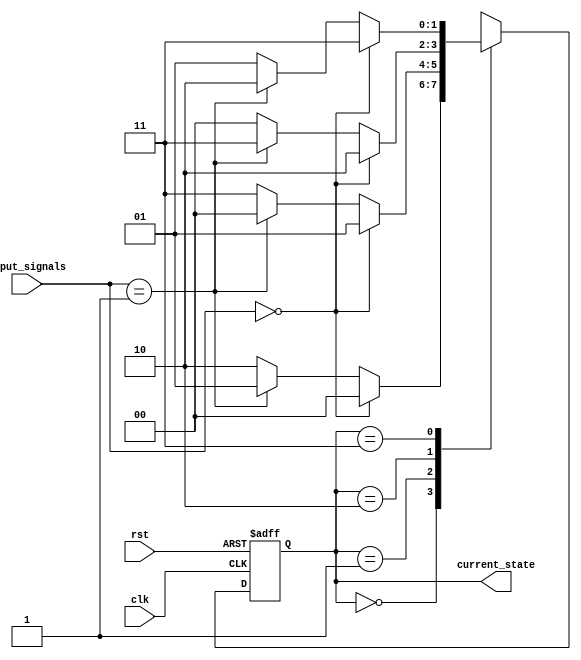
module fsm_2x2 (
    input wire clk,
    input wire rst,
    input wire [1:0] input_signals,
    output reg [1:0] current_state
);

// Define states
parameter STATE_A = 2'b00;
parameter STATE_B = 2'b01;
parameter STATE_C = 2'b10;
parameter STATE_D = 2'b11;

// Define transitions based on input signals
always @ (posedge clk or posedge rst) begin
    if (rst) begin
        current_state <= STATE_A;
    end else begin
        case (current_state)
            STATE_A: begin
                if (input_signals == 2'b00) current_state <= STATE_A;
                else if (input_signals == 2'b01) current_state <= STATE_B;
                else current_state <= STATE_C;
            end
            STATE_B: begin
                if (input_signals == 2'b00) current_state <= STATE_B;
                else if (input_signals == 2'b01) current_state <= STATE_A;
                else current_state <= STATE_D;
            end
            STATE_C: begin
                if (input_signals == 2'b00) current_state <= STATE_C;
                else if (input_signals == 2'b01) current_state <= STATE_D;
                else current_state <= STATE_A;
            end
            STATE_D: begin
                if (input_signals == 2'b00) current_state <= STATE_D;
                else if (input_signals == 2'b01) current_state <= STATE_C;
                else current_state <= STATE_B;
            end
        endcase
    end
end

endmodule